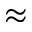
\approx